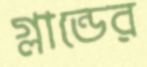
গ্লান্ডের